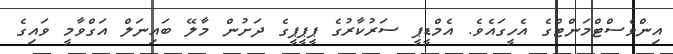
އިންވެސްޓްމަންޓްގެ އެހީގައެވެ. އެމްޑީޕީ ސަރުކާރުގެ ޕީޕީޕީގެ ދަށުން މާލޭ ބައިނަލް އަގްވާމީ ވައިގެ